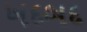
ખદબદ